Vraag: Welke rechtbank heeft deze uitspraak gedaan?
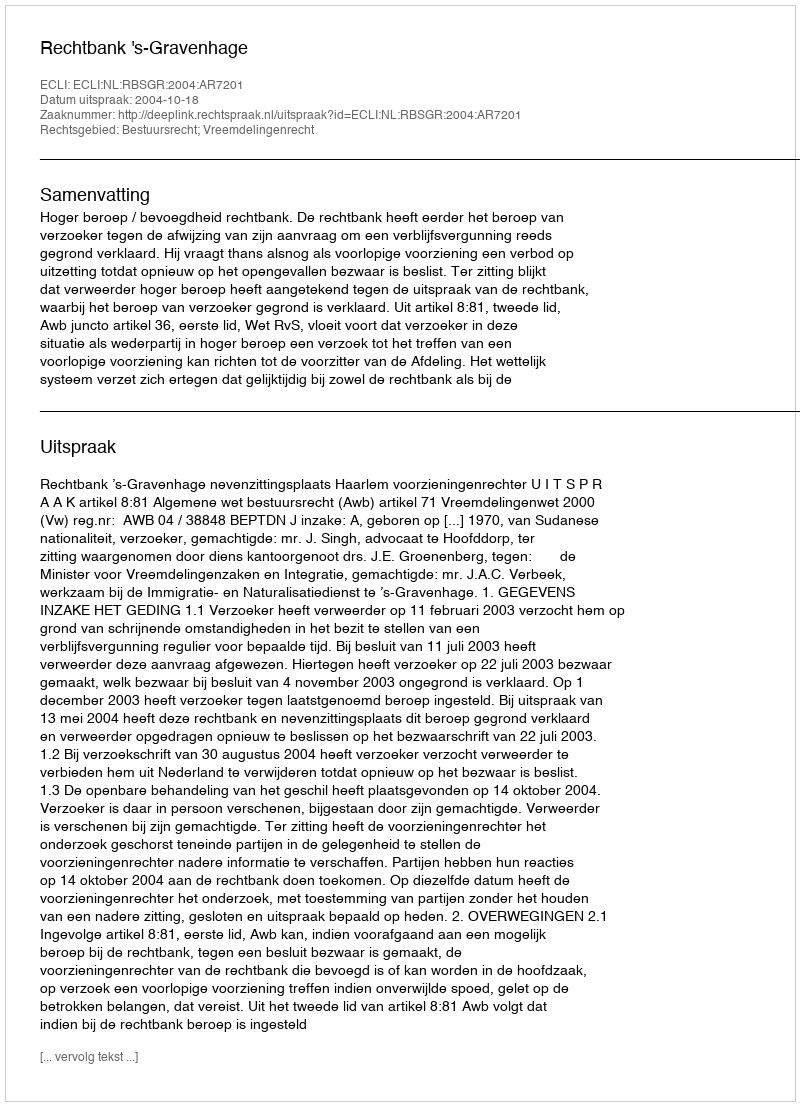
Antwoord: Rechtbank 's-Gravenhage